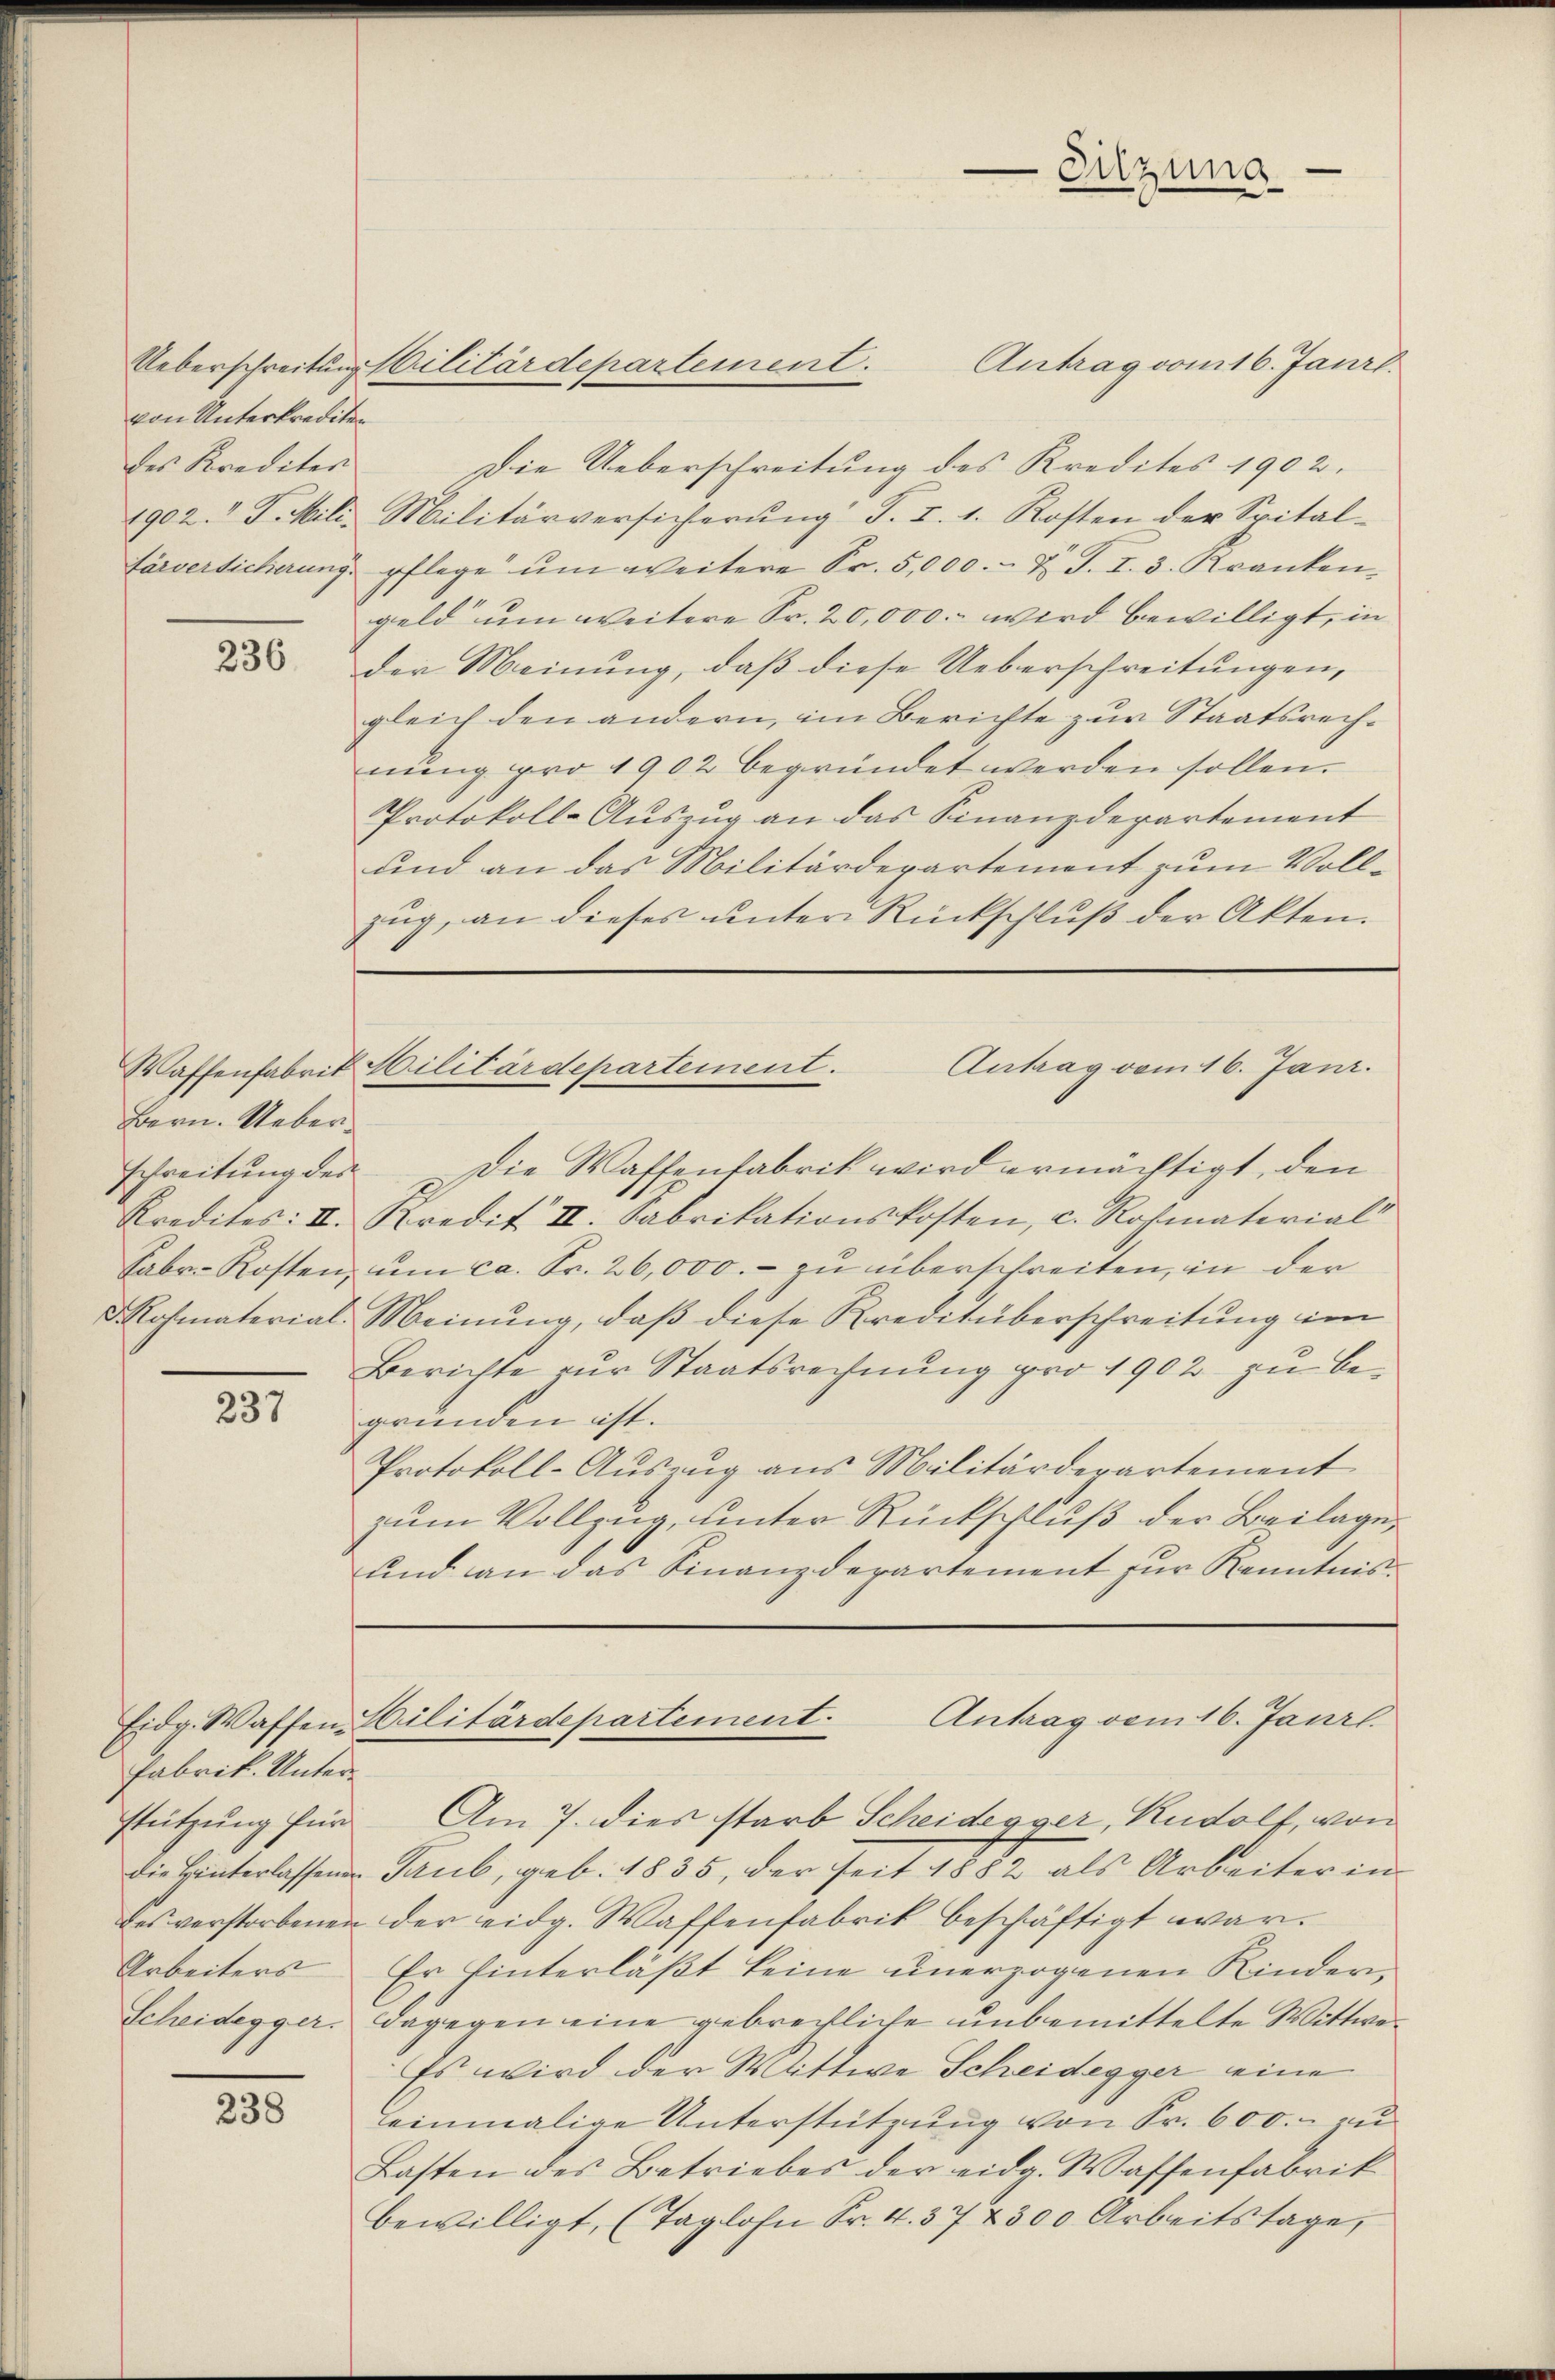
von Unterkrediten
des Krediter

236.

Bern. Ueberschreitung des

237

Fabrik. Unterstützung für
Arbeiters
Scheidegger.

238

Antrag vom 16. Janrl.
Die Ueberschreitung des Kredites 1902.
1902. F. Mili. Militärversicherŭng S. I. 1. Kosten der Spital-
färversicherŭng pflege ŭm weitere Fr. 5,000.- u. J. I. 3. Kranken
geld um weitere Fr. 20,000.- wird bewilligt, in
der Meinung, daß diese Ueberschreitungen,
gleich den andern, im Berichte zur Staatsrechnŭng pro 1902 begründet werden sollen.
Protokoll-Auszug an das Finanzdepartement
und an das Militärdepartement zum Vollzŭg an dieses ŭnter Rückschlŭβ der Akten.

Die Waffentabrik wird ermächtigt, den
Kredites: II. Kredit II. Fabrikationskosten, c. Rohmaterial
Fabr. Kosten, um ca. Fr. 26,000.- zu überschreiten, in der
d Rohmaterial-Meinung, daβ diese Kreditüberschreitung im
Berichte zur Staatsrechnung pro 1902 zu begründen ist.
Protokoll-Auszug aus Militärdepartement
zum Vollzug, unter Rückschluß der Beilage,
ŭnd an das Finanzdepartement für Kenntnis

Ueberschreitung Militärdepartement.

Sitzung

Antrag vom 16. Janr.
Waffenfabrit Hilitärdepartement.

Eidg. Waffen-Silitärdepartement. Antrag vom 16. Janrl.

Am 7. dies starb Scheidegger, Rudolf, von
die Hinterlassen Taub, geb. 1835, der seit 1882 als Arbeiter in
des verstorbenen der eidg. Waffenfabrik beschäftigt war.
Er hinterläßt keine unerzogenen Kindern
dagegen eine gebrechtliche unbemittelte Wittwe¬
Es wird der Wittwe Scheidegger eine
einmalige Unterstützung von Fr. 600.- zu
Lasten des Betriebes der eidg. Wassenfabrik
bewilligt, (Taglohn Fr. 4. 37 & 300 Arbeitstage,